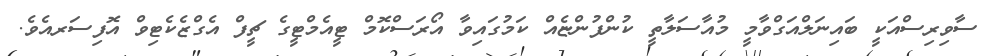
ސާވިރިސްއަކީ ބައިނަލްއަގްވާމީ މުއާސަލާތީ ކުންފުންޏެއް ކަމުގައިވާ އޯރަސްކޮމް ޓީއެމްޓީގެ ޗީފް އެގްޒެކެޓިވް އޮފިސަރއެވެ.